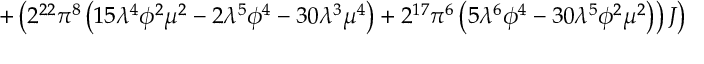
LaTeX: \left. + \left( 2 ^ { 2 2 } \pi ^ { 8 } \left( 1 5 \lambda ^ { 4 } \phi ^ { 2 } \mu ^ { 2 } - 2 \lambda ^ { 5 } \phi ^ { 4 } - 3 0 \lambda ^ { 3 } \mu ^ { 4 } \right) + 2 ^ { 1 7 } \pi ^ { 6 } \left( 5 \lambda ^ { 6 } \phi ^ { 4 } - 3 0 \lambda ^ { 5 } \phi ^ { 2 } \mu ^ { 2 } \right) \right) { \cal J } \right)